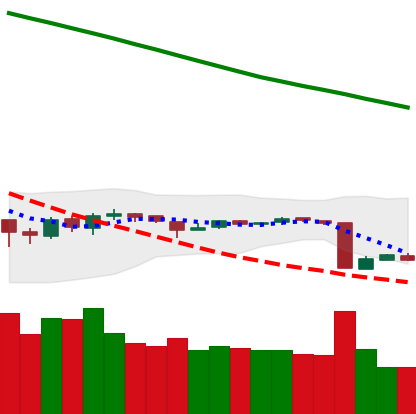
Ticker: ETH-USD
Chart end date: 2018-10-14
Forward return: 4.094%
Label: up_3_5